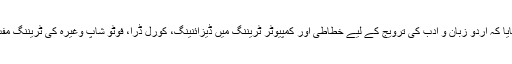
مبین منور نے بتایا کہ اردو زبان و ادب کی ترویج کے لیے خطاطی اور کمپیوٹر ٹریننگ میں ڈیزائنینگ، کورل ڈرا، فوٹو شاپ وغیرہ کی ٹریننگ مفت دی جائے گی۔